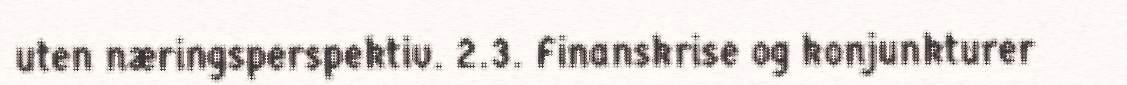
uten næringsperspektiv. 2.3. Finanskrise og konjunkturer